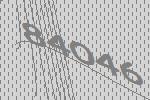
84046